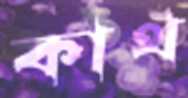
কাথ